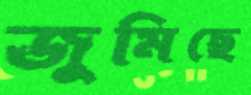
জুমিছে